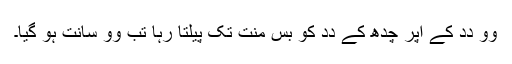
وو دِدِ کے اُپر چدھ کے دِدِ کو بِس مِنُت تک پیلتا رہا تب وو سانت ہو گیا۔